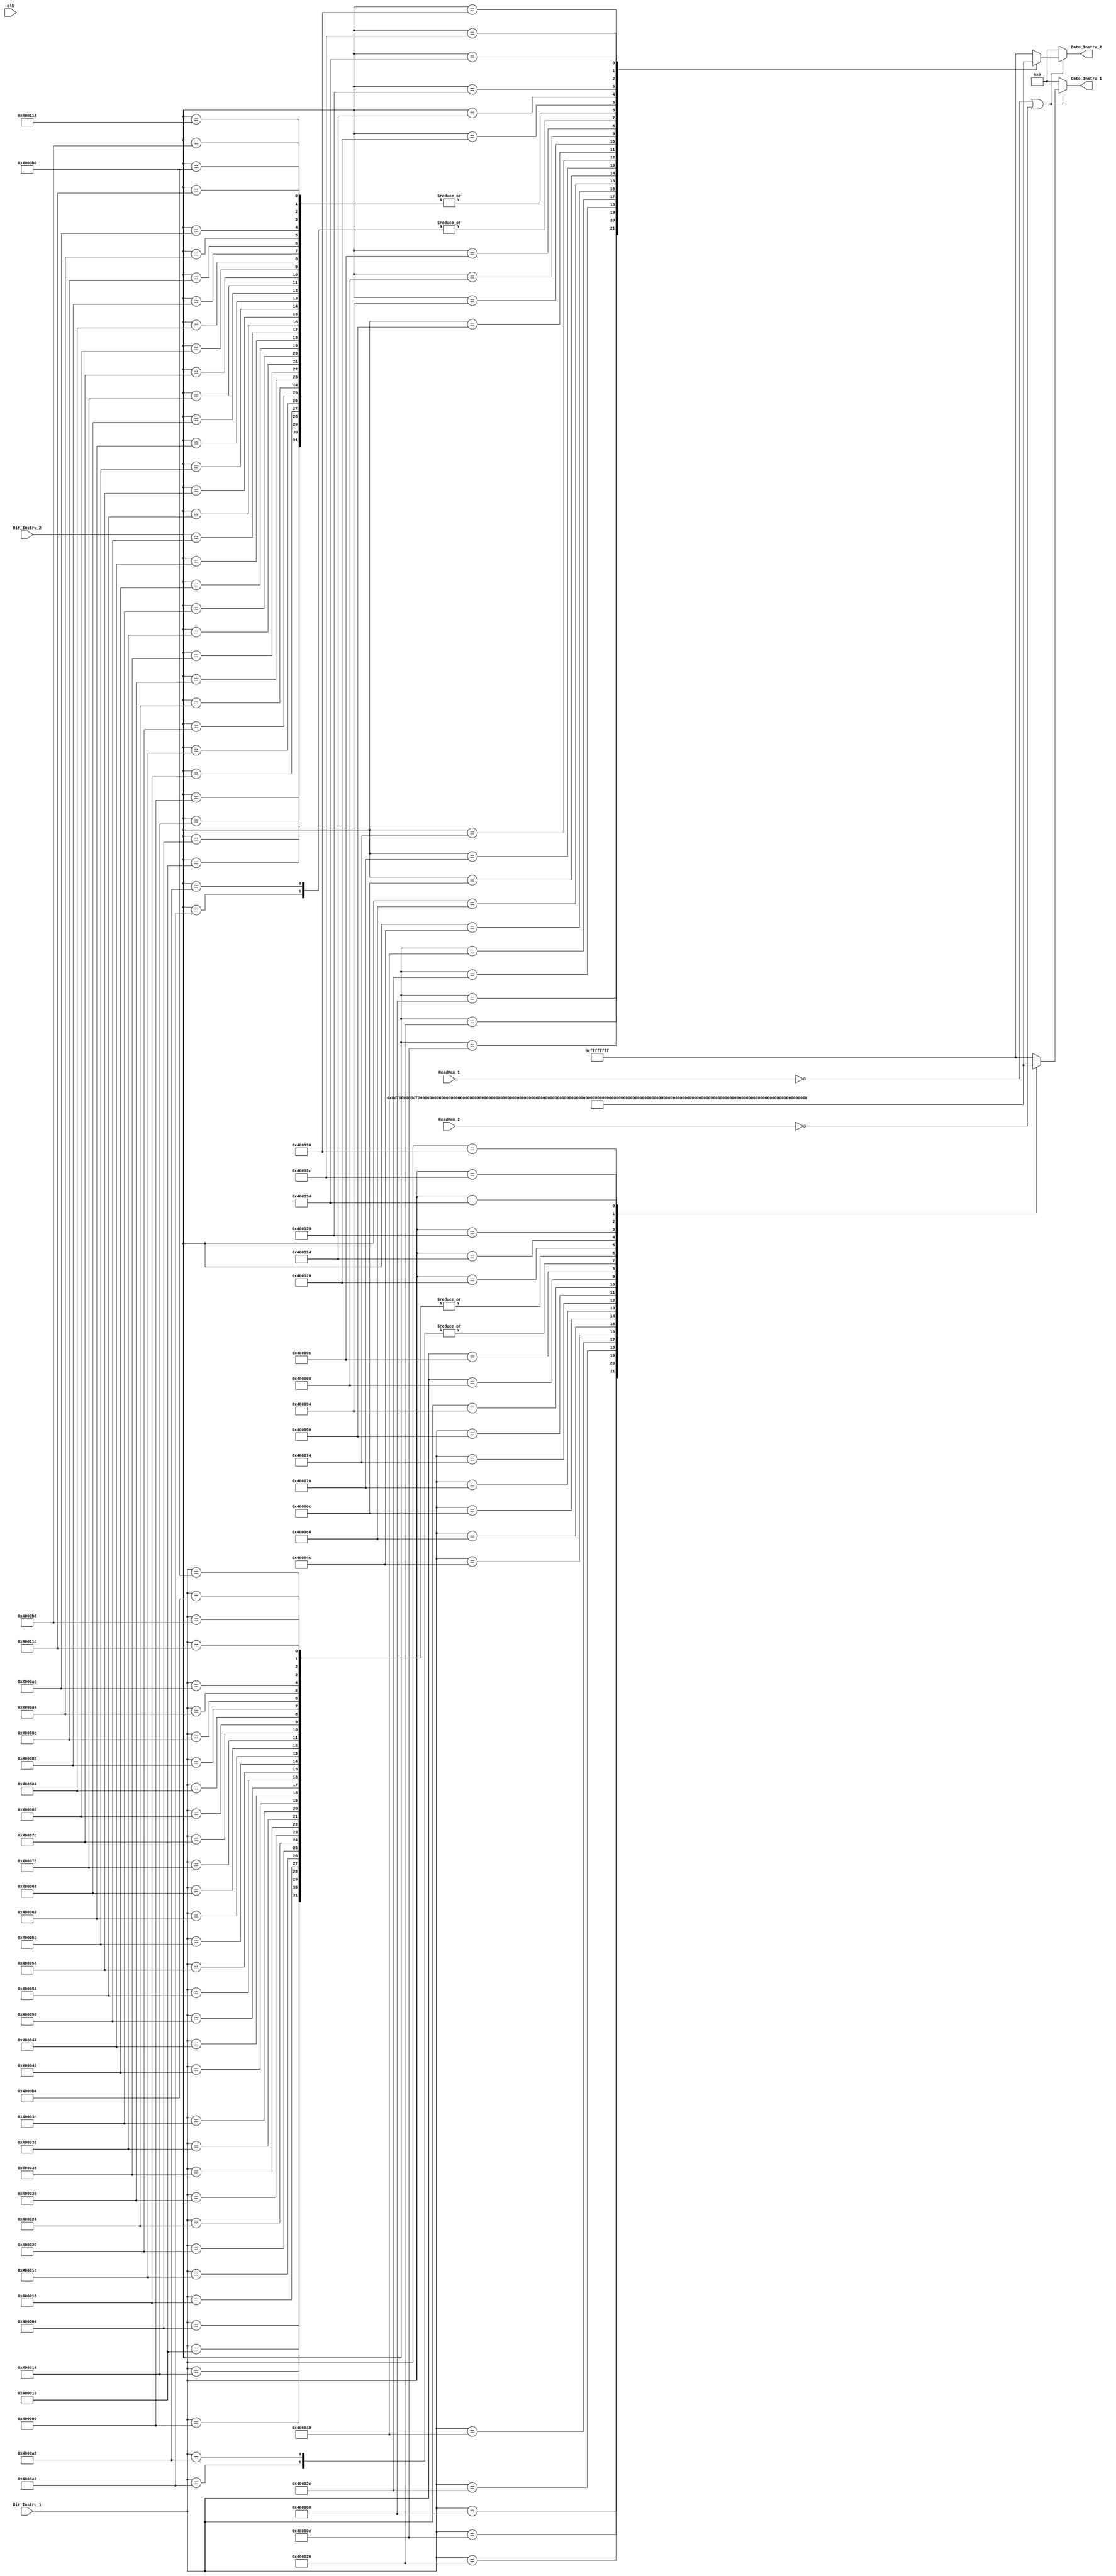
`timescale 1ns / 1ps
//////////////////////////////////////////////////////////////////////////////////
// Company: 
// Engineer: 
// 
// Design Name: 
// Module Name: Memoria
// Project Name: 
// Target Devices: 
// Tool Versions: 
// Description: 
// 
// Dependencies: 
// 
// Revision:
// Revision 0.01 - File Created
// Additional Comments:
// 
//////////////////////////////////////////////////////////////////////////////////


module Memoria(

    input clk, ReadMem_1, ReadMem_2,
    input [31:0] Dir_Instru_1, Dir_Instru_2,
    output reg [31:0] Dato_Instru_1, Dato_Instru_2  //Dato salida Instrucciones
    );


// initial begin
//   Dato_Instru = 32'h00400000;
// end

always @(*)
begin
	if (~ReadMem_1 || ~ReadMem_2)    // Memoria se activa con 0.
	begin
      case (Dir_Instru_1) //PC + 4
        32'h00400000 : Dato_Instru_1 = 32'h38000000;//nop
        32'h00400004 : Dato_Instru_1 = 32'h38000000;//nop
        32'h00400008 : Dato_Instru_1 = 32'h8D710000;//lw s1, 0(t3)
        32'h0040000C : Dato_Instru_1 = 32'h8D720004;//lw s2, 4(t3)
        32'h00400010 : Dato_Instru_1 = 32'h38000000;//nop
        32'h00400014 : Dato_Instru_1 = 32'h38000000;//nop
        32'h00400018 : Dato_Instru_1 = 32'h38000000;//nop
        32'h0040001C : Dato_Instru_1 = 32'h38000000;//nop
        32'h00400020 : Dato_Instru_1 = 32'h38000000;//nop
        32'h00400024 : Dato_Instru_1 = 32'h38000000;//nop
        32'h00400028 : Dato_Instru_1 = 32'h82328020;//add s0, s1, s2
        32'h0040002C : Dato_Instru_1 = 32'h022040C0;//sll t0, s1, 3
        32'h00400030 : Dato_Instru_1 = 32'h38000000;//nop
        32'h00400034 : Dato_Instru_1 = 32'h38000000;//nop
        32'h00400038 : Dato_Instru_1 = 32'h38000000;//nop
        32'h0040003C : Dato_Instru_1 = 32'h38000000;//nop
        32'h00400040 : Dato_Instru_1 = 32'h38000000;//nop
        32'h00400044 : Dato_Instru_1 = 32'h38000000;//nop
        32'h00400048 : Dato_Instru_1 = 32'h2209000F;//addi t1, s0, 15
        32'h0040004C : Dato_Instru_1 = 32'h468A0008;//lw t2, 8(t4)
        32'h00400050 : Dato_Instru_1 = 32'h38000000;//nop
        32'h00400054 : Dato_Instru_1 = 32'h38000000;//nop
        32'h00400058 : Dato_Instru_1 = 32'h38000000;//nop
        32'h0040005C : Dato_Instru_1 = 32'h38000000;//nop
        32'h00400060 : Dato_Instru_1 = 32'h38000000;//nop
        32'h00400064 : Dato_Instru_1 = 32'h38000000;//nop
        32'h00400068 : Dato_Instru_1 = 32'h0D402182;//slr a0, t2, 4
        32'h0040006C : Dato_Instru_1 = 32'h95242825;//or a1, t1, a0
        32'h00400070 : Dato_Instru_1 = 32'h8A243022;//sub a2, s1, a0
        32'h00400074 : Dato_Instru_1 = 32'h91526824;//and t5, t2, s2
        32'h00400078 : Dato_Instru_1 = 32'h38000000;//nop
        32'h0040007C : Dato_Instru_1 = 32'h38000000;//nop
        32'h00400080 : Dato_Instru_1 = 32'h38000000;//nop
        32'h00400084 : Dato_Instru_1 = 32'h38000000;//nop
        32'h00400088 : Dato_Instru_1 = 32'h38000000;//nop
        32'h0040008C : Dato_Instru_1 = 32'h38000000;//nop
        32'h00400090 : Dato_Instru_1 = 32'h34CE0018;//ori t6, a2, 24
        32'h00400094 : Dato_Instru_1 = 32'h9E327827;//nor t7, s1, s2
        32'h00400098 : Dato_Instru_1 = 32'h32130004;//andi s3, s0, 4
        32'h0040009C : Dato_Instru_1 = 32'hA512A023;//subu s4, t0, s2
        32'h004000A0 : Dato_Instru_1 = 32'h0810004C;//j 0x
        32'h004000A4 : Dato_Instru_1 = 32'h38000000;//nop
        32'h004000A8 : Dato_Instru_1 = 32'h0810004C;//j 0x
        32'h004000AC : Dato_Instru_1 = 32'h38000000;//nop
        32'h004000B0 : Dato_Instru_1 = 32'h38000000;//nop
        32'h004000B4 : Dato_Instru_1 = 32'h38000000;//nop
        32'h004000B8 : Dato_Instru_1 = 32'h38000000;//nop
        32'h0040011C : Dato_Instru_1 = 32'h38000000;//nop
        32'h00400120 : Dato_Instru_1 = 32'h8232A820;//add s5, s1, s2
        32'h00400124 : Dato_Instru_1 = 32'h852AB021;//addu s6, t1, t2
        32'h00400128 : Dato_Instru_1 = 32'hAD72000C;//sw s2, s12(t3)
        32'h0040012C : Dato_Instru_1 = 32'h16B60004;//bne s5, s6, etiqueta
        32'h00400130 : Dato_Instru_1 = 32'h82B6B820;//add s7, s5, s6
        32'h00400134 : Dato_Instru_1 = 32'h8AB6B822;//sub s7, s5, s6


        default : Dato_Instru_1 = 32'hffffffff;
	   endcase

	   case (Dir_Instru_2) //PC + 8
       32'h00400000 : Dato_Instru_2 = 32'h38000000;//nop
       32'h00400004 : Dato_Instru_2 = 32'h38000000;//nop
       32'h00400008 : Dato_Instru_2 = 32'h8D710000;//lw s1, 0(t3)
       32'h0040000C : Dato_Instru_2 = 32'h8D720004;//lw s2, 4(t3)
       32'h00400010 : Dato_Instru_2 = 32'h38000000;//nop
       32'h00400014 : Dato_Instru_2 = 32'h38000000;//nop
       32'h00400018 : Dato_Instru_2 = 32'h38000000;//nop
       32'h0040001C : Dato_Instru_2 = 32'h38000000;//nop
       32'h00400020 : Dato_Instru_2 = 32'h38000000;//nop
       32'h00400024 : Dato_Instru_2 = 32'h38000000;//nop
       32'h00400028 : Dato_Instru_2 = 32'h82328020;//add s0, s1, s2
       32'h0040002C : Dato_Instru_2 = 32'h022040C0;//sll t0, s1, 3
       32'h00400030 : Dato_Instru_2 = 32'h38000000;//nop
       32'h00400034 : Dato_Instru_2 = 32'h38000000;//nop
       32'h00400038 : Dato_Instru_2 = 32'h38000000;//nop
       32'h0040003C : Dato_Instru_2 = 32'h38000000;//nop
       32'h00400040 : Dato_Instru_2 = 32'h38000000;//nop
       32'h00400044 : Dato_Instru_2 = 32'h38000000;//nop
       32'h00400048 : Dato_Instru_2 = 32'h2209000F;//addi t1, s0, 15
       32'h0040004C : Dato_Instru_2 = 32'h468A0008;//lw t2, 8(t4)
       32'h00400050 : Dato_Instru_2 = 32'h38000000;//nop
       32'h00400054 : Dato_Instru_2 = 32'h38000000;//nop
       32'h00400058 : Dato_Instru_2 = 32'h38000000;//nop
       32'h0040005C : Dato_Instru_2 = 32'h38000000;//nop
       32'h00400060 : Dato_Instru_2 = 32'h38000000;//nop
       32'h00400064 : Dato_Instru_2 = 32'h38000000;//nop
       32'h00400068 : Dato_Instru_2 = 32'h0D402182;//slr a0, t2, 4
       32'h0040006C : Dato_Instru_2 = 32'h95242825;//or a1, t1, a0
       32'h00400070 : Dato_Instru_2 = 32'h8A243022;//sub a2, s1, a0
       32'h00400074 : Dato_Instru_2 = 32'h91526824;//and t5, t2, s2
       32'h00400078 : Dato_Instru_2 = 32'h38000000;//nop
       32'h0040007C : Dato_Instru_2 = 32'h38000000;//nop
       32'h00400080 : Dato_Instru_2 = 32'h38000000;//nop
       32'h00400084 : Dato_Instru_2 = 32'h38000000;//nop
       32'h00400088 : Dato_Instru_2 = 32'h38000000;//nop
       32'h0040008C : Dato_Instru_2 = 32'h38000000;//nop
       32'h00400090 : Dato_Instru_2 = 32'h34CE0018;//ori t6, a2, 24
       32'h00400094 : Dato_Instru_2 = 32'h9E327827;//nor t7, s1, s2
       32'h00400098 : Dato_Instru_2 = 32'h32130004;//andi s3, s0, 4
       32'h0040009C : Dato_Instru_2 = 32'hA512A023;//subu s4, t0, s2
       32'h004000A0 : Dato_Instru_2 = 32'h0810004C;//j 0x
       32'h004000A4 : Dato_Instru_2 = 32'h38000000;//nop
       32'h004000A8 : Dato_Instru_2 = 32'h0810004C;//j 0x
       32'h004000AC : Dato_Instru_2 = 32'h38000000;//nop
       32'h004000B0 : Dato_Instru_2 = 32'h38000000;//nop
       32'h004000B8 : Dato_Instru_2 = 32'h38000000;//nop
       32'h00400118 : Dato_Instru_2 = 32'h38000000;//nop
       32'h0040011C : Dato_Instru_2 = 32'h38000000;//nop
       32'h00400120 : Dato_Instru_2 = 32'h8232A820;//add s5, s1, s2
       32'h00400124 : Dato_Instru_2 = 32'h852AB021;//addu s6, t1, t2
       32'h00400128 : Dato_Instru_2 = 32'hAD72000C;//sw s2, s12(t3)
       32'h0040012C : Dato_Instru_2 = 32'h16B60004;//bne s5, s6, etiqueta
       32'h00400130 : Dato_Instru_2 = 32'h82B6B820;//add s7, s5, s6
       32'h00400134 : Dato_Instru_2 = 32'h8AB6B822;//sub s7, s5, s6

       default : Dato_Instru_2 = 32'hffffffff;
          endcase

	end

  else begin
      Dato_Instru_1 = 32'h0;
      Dato_Instru_2 = 32'h0;
      end

end


endmodule